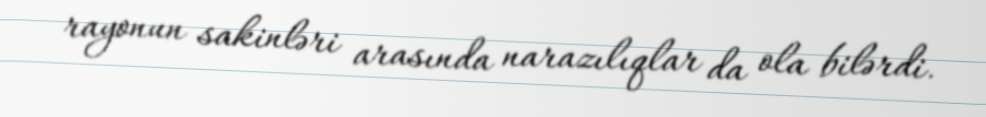
rayonun sakinləri arasında narazılıqlar da ola bilərdi.